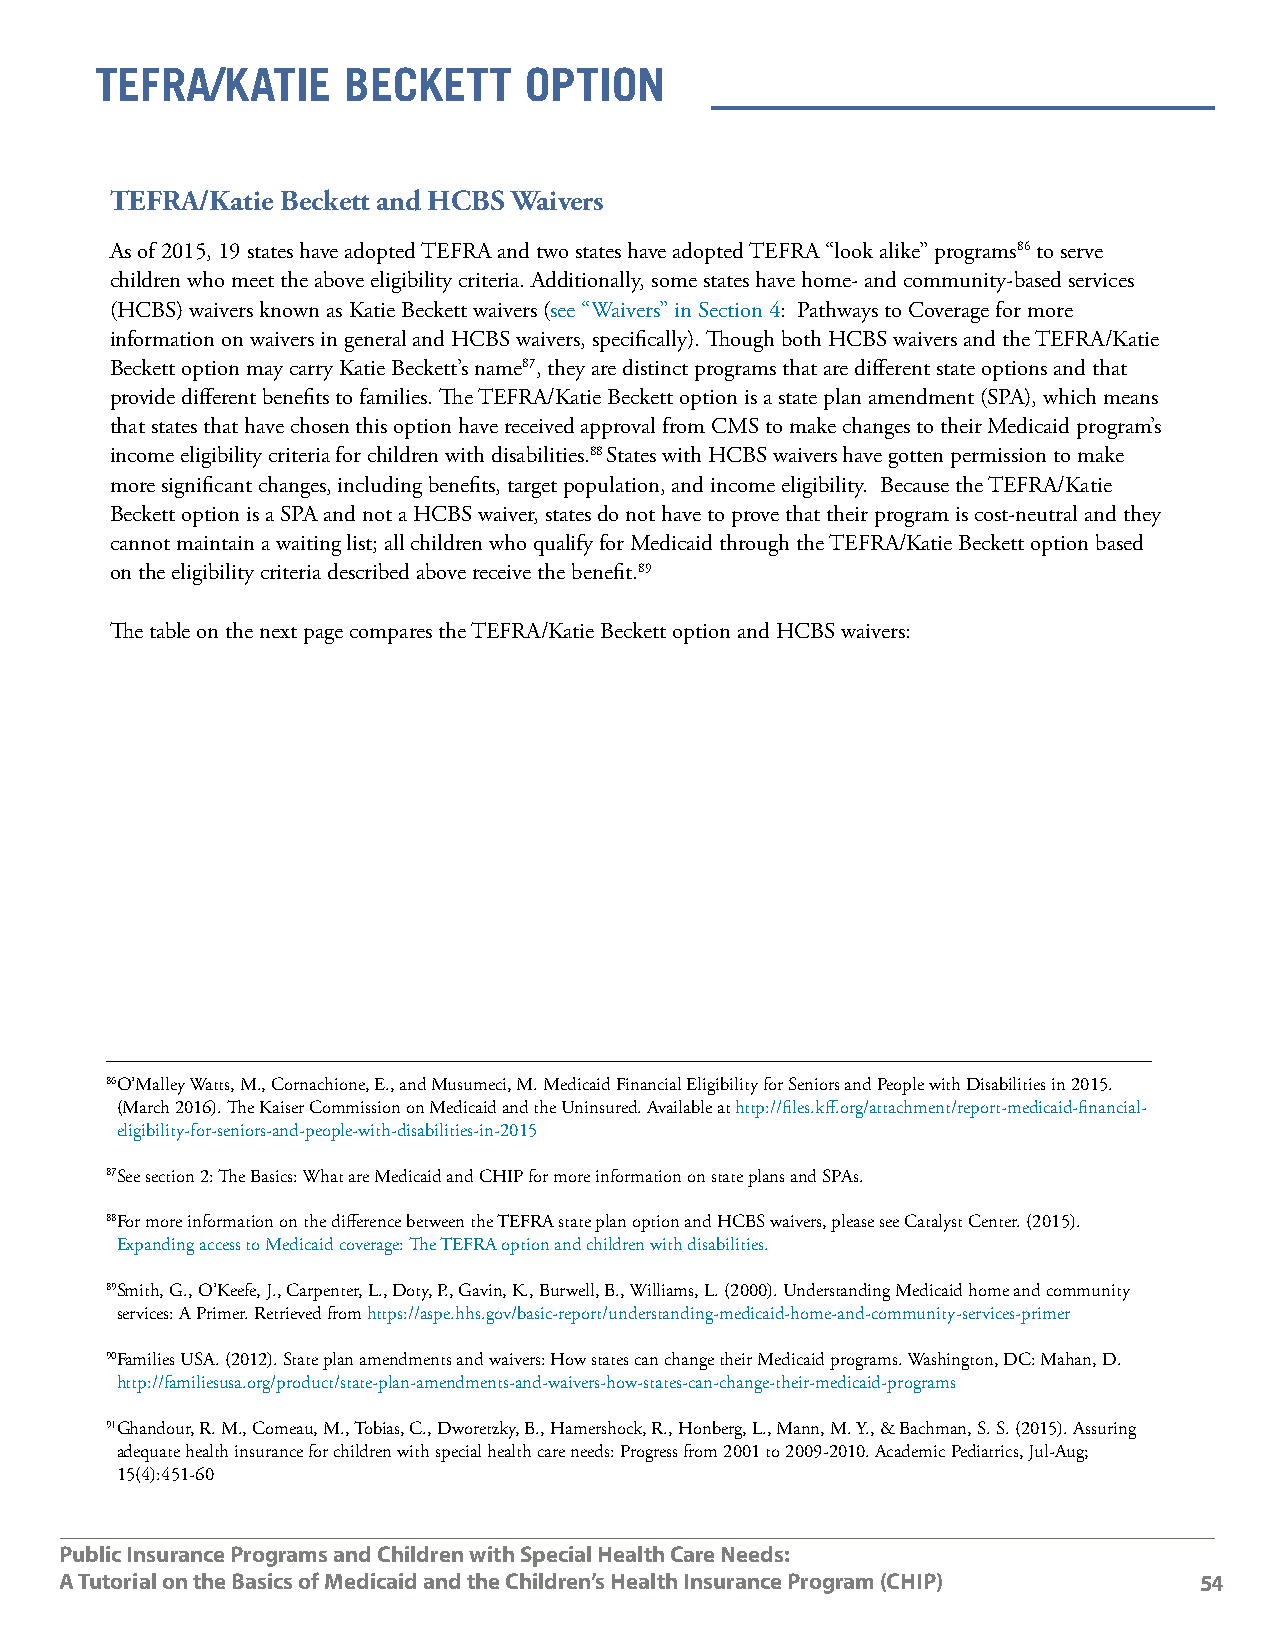
TEFRA/KATiE      BEcKETT     OpTiOn
 TEFRA/Katie Beckett and HCBS Waivers
 As of 2015, 19 states have adopted TEFRA and two states have adopted TEFRA “look alike” programs86 to serve
 children who meet the above eligibility criteria. Additionally, some states have home- and community-based services
 (HCBS) waivers known as Katie Beckett waivers (see “Waivers” in Section 4: Pathways to Coverage for more
 information on waivers in general and HCBS waivers, specifically). Though both HCBS waivers and the TEFRA/Katie
 Beckett option may carry Katie Beckett’s name87, they are distinct programs that are different state options and that
 provide different benefits to families. The TEFRA/Katie Beckett option is a state plan amendment (SPA), which means
 that states that have chosen this option have received approval from CMS to make changes to their Medicaid program’s
 income eligibility criteria for children with disabilities.88 States with HCBS waivers have gotten permission to make
 more significant changes, including benefits, target population, and income eligibility. Because the TEFRA/Katie
 Beckett option is a SPA and not a HCBS waiver, states do not have to prove that their program is cost-neutral and they
 cannot maintain a waiting list; all children who qualify for Medicaid through the TEFRA/Katie Beckett option based
 on the eligibility criteria described above receive the benefit.89
 The table on the next page compares the TEFRA/Katie Beckett option and HCBS waivers:
 86O ’Malley Watts, M., Cornachione, E., and Musumeci, M. Medicaid Financial Eligibility for Seniors and People with Disabilities in 2015.
 (March 2016). The Kaiser Commission on Medicaid and the Uninsured. Available at http://files.kff.org/attachment/report-medicaid-financial-
 eligibility-for-seniors-and-people-with-disabilities-in-2015
 87See section 2: The Basics: What are Medicaid and CHIP for more information on state plans and SPAs.
 88 For more information on the difference between the TEFRA state plan option and HCBS waivers, please see Catalyst Center. (2015).
 Expanding access to Medicaid coverage: The TEFRA option and children with disabilities.
 89S mith, G., O’Keefe, J., Carpenter, L., Doty, P., Gavin, K., Burwell, B., Williams, L. (2000). Understanding Medicaid home and community
 services: A Primer. Retrieved from https://aspe.hhs.gov/basic-report/understanding-medicaid-home-and-community-services-primer
 90 Families USA. (2012). State plan amendments and waivers: How states can change their Medicaid programs. Washington, DC: Mahan, D.
 http://familiesusa.org/product/state-plan-amendments-and-waivers-how-states-can-change-their-medicaid-programs
 91G handour, R. M., Comeau, M., Tobias, C., Dworetzky, B., Hamershock, R., Honberg, L., Mann, M. Y., & Bachman, S. S. (2015). Assuring
 adequate health insurance for children with special health care needs: Progress from 2001 to 2009-2010. Academic Pediatrics, Jul-Aug;
 15(4):451-60
 Public Insurance Programs and Children with Special Health Care Needs:
 A Tutorial on the Basics of Medicaid and the Children’s Health Insurance Program (CHIP) 54